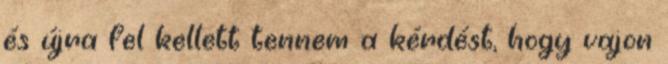
és újra fel kellett tennem a kérdést, hogy vajon